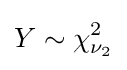
Y\sim \chi _{\nu _{2}}^{2}